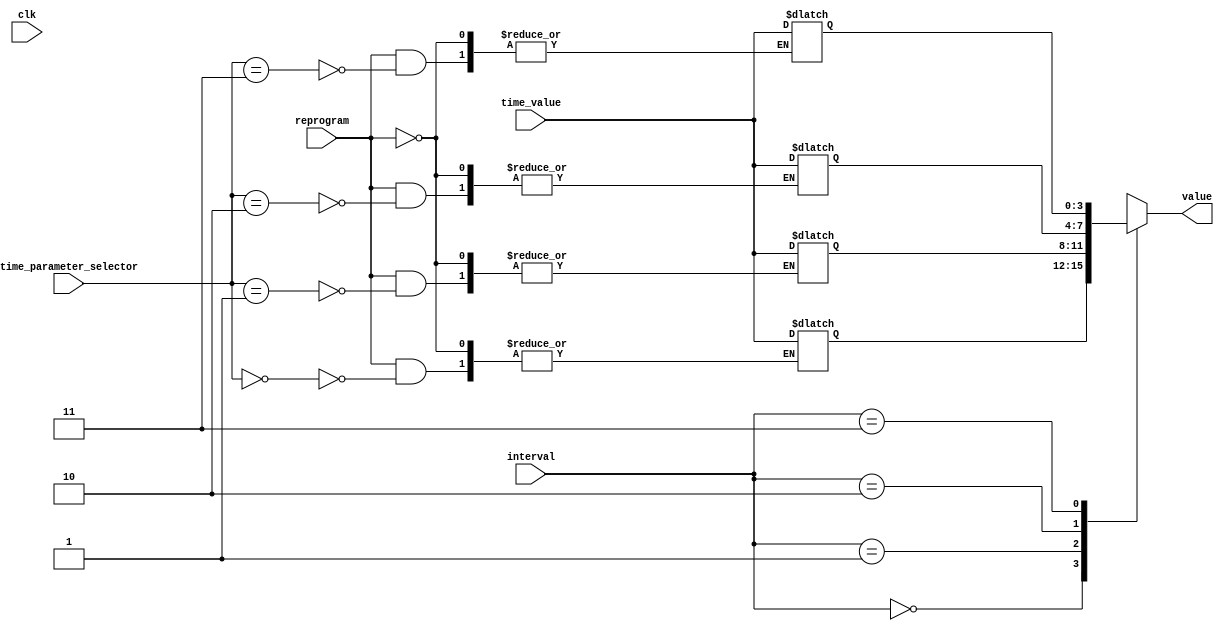
module time_parameters (
  input [1:0] time_parameter_selector , interval , input [3:0] time_value, input reprogram ,clk,
  output reg [3:0] value
);
  reg [3:0] Arming_delay = 4'b0110;
  reg [3:0] Countdown_driver_door = 4'b1000 ;
  reg [3:0] Countdown_passenger_door = 4'b1111;
  reg [3:0] Siren_ON_time= 4'b1010;
  
  wire [3:0] T_ARM_DELAY , T_DRIVER_DELAY , T_PASSENGER_DELAY , T_ALARM_ON ;
  
  assign T_ARM_DELAY = Arming_delay;
  assign T_DRIVER_DELAY = Countdown_driver_door;
  assign T_PASSENGER_DELAY = Countdown_passenger_door;
  assign T_ALARM_ON = Siren_ON_time; 
  always @(*)
    begin
      case(interval)
        2'b00 : value <= T_ARM_DELAY;
        2'b01 : value <= T_DRIVER_DELAY;
        2'b10 : value <= T_PASSENGER_DELAY;
        2'b11 : value <= T_ALARM_ON;
      endcase
    end
  always @(*)
    begin
      if(reprogram)
        begin
          case(time_parameter_selector)
            2'b00 : Arming_delay <= time_value;
            2'b01 : Countdown_driver_door <= time_value;
            2'b10 : Countdown_passenger_door <= time_value;
            2'b11 : Siren_ON_time <= time_value;
          endcase
        end
        
    end
endmodule